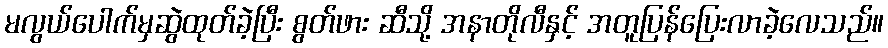
မလွယ်ပေါက်မှဆွဲထုတ်ခဲ့ပြီး စွတ်ဖား ဆီသို့ အနာတိုလီနှင့် အတူပြန်ပြေးလာခဲ့လေသည်။